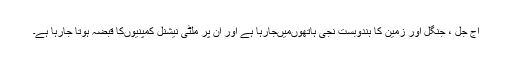
آج جل ، جنگل اور زمین کا بندوبست نجی ہاتھوںمیںجارہا ہے اور ان پر ملٹی نیشنل کمپنیوںکا قبضہ ہوتا جارہا ہے۔